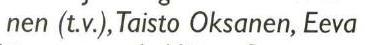
nen (t.v.), Taisto Oksanen, Eeva